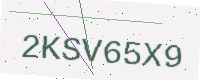
Text: 2KSV65X9